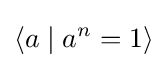
\langle a\mid a^{n}=1\rangle